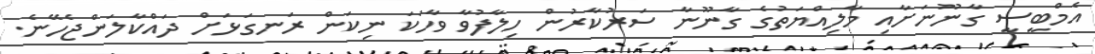
އެމްބީސީ ގާނޫނަށާއި މާލިއްޔަތުގެ ގާނޫނާ ސަރުކާރުން ހިލާފުވާ ވާހަކަ ނިކަން ރަނގަޅަށް ދައްކާލަންޖެހޭނެ.